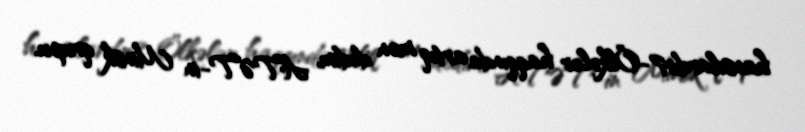
hansılardır?-Ölkələr haqqında artıq mən dedim, ATƏT-in Minsk qrupu.